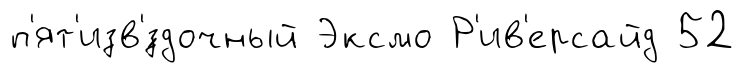
п'ят'изв'́здочный Эксмо Р'ив'ерсайд 52